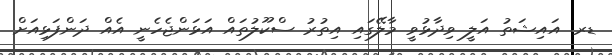
ޑރ. އައިޝަތު އަލީ ވިދާޅުވީ މާލޭގައި އިތުރު ސްކޫލުތައް އަޅަންޖެހެނީ އެއް ދަންފަޅިއަށް